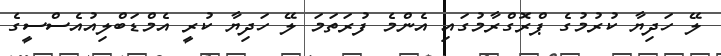
ލޭ ހަދިޔާ ކުރުމުގެ ޕްރޮގްރާމުގައި އެންމެ ފުރަތަމަ ލޭ ހަދިޔާ ކުރީ އެމްޑަބްލިއުއެސްސީގެ